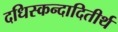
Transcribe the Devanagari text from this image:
दधिस्कन्दादितीर्थ